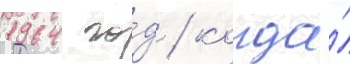
1964 го́д / когда́